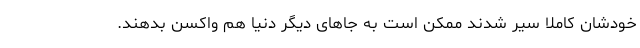
خودشان کاملا سیر شدند ممکن است به جاهای دیگر دنیا هم واکسن بدهند.